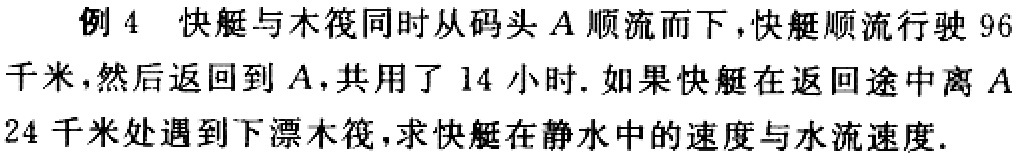
例 4 快艇与木筏同时从码头 \(A\) 顺流而下，快艇顺流行驶 \(96\) 千米，然后返回到 \(A\)，共用了 \(14\) 小时. 如果快艇在返回途中离 \(A\) \(24\) 千米处遇到下漂木筏，求快艇在静水中的速度与水流速度.